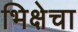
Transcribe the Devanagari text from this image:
भिक्षेचा